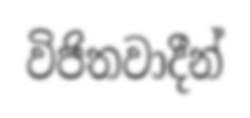
විජිතවාදීන්